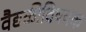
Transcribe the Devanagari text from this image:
वैद्यकीविषयक